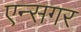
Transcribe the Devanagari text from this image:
एन्सगर